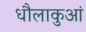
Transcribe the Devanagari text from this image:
धौलाकुआं